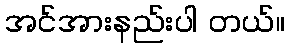
အင်အားနည်းပါ တယ်။